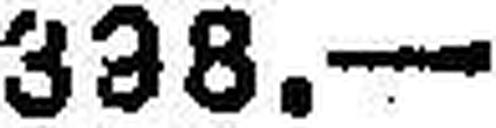
338.—